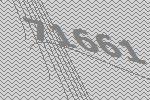
71661